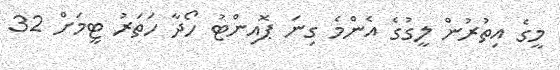
މީގެ އިތުރުން ލީގުގެ އެންމެ ގިނަ ޕޮއިންޓު ހޯދާ ހަތަރު ޓީމަށް 32